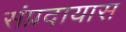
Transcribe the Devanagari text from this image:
संप्रदायास